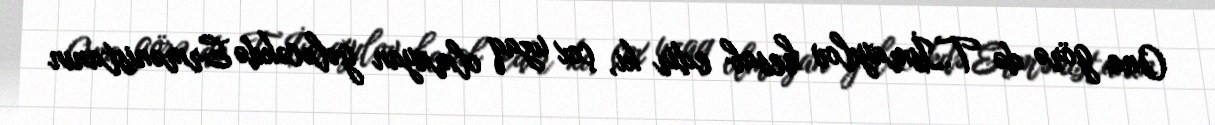
Ona görə də T.İsmayılov hesab edir ki, çox uzaq olmayan gələcəkdə Ermənistanın